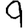
Digit: 9